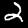
Digit: 2